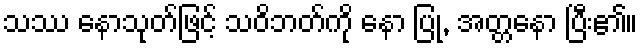
သဿ နောသုတ်ဖြင့် သဝိဘတ်ကို နော ပြု, အတ္တနော ပြီး၏။